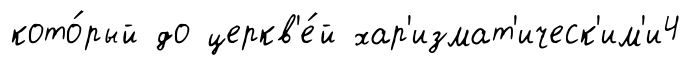
кото́рый до церкв'е́й хар'измат'ическ'им'и4